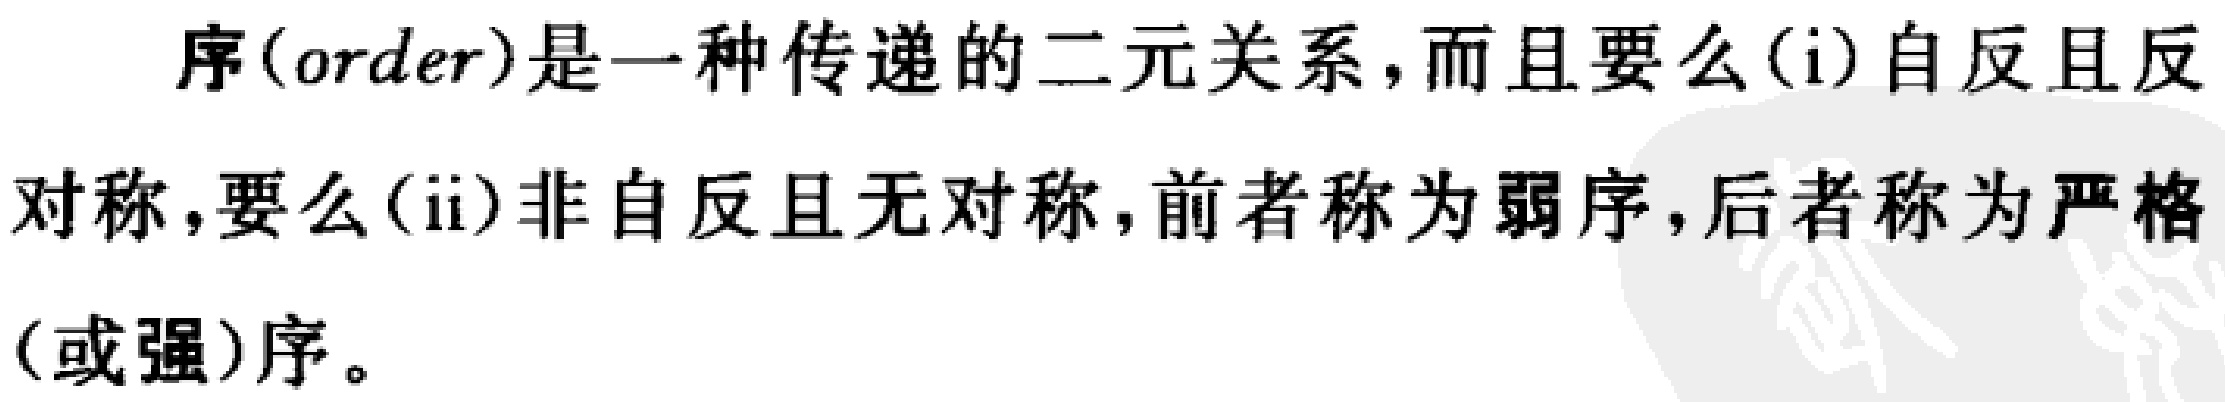
序(order)是一种传递的二元关系，而且要么(i)自反且反对称，要么(ii)非自反且无对称，前者称为弱序，后者称为严格(或强)序。